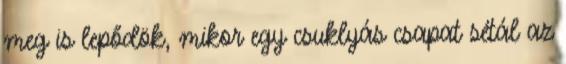
meg is lepődök, mikor egy csuklyás csapat sétál az